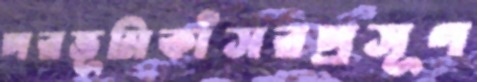
পরভূমিকাঁসরপ্রসূণ